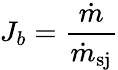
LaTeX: J_{b}=\frac{\dot{m}}{\dot{m}_{\mathrm{sj}}}